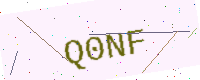
Text: Q0NF